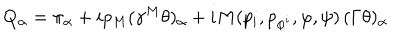
Q _ { \alpha } = \pi _ { \alpha } + i p _ { M } ( \gamma ^ { M } \theta ) _ { \alpha } + i M ( p _ { i } , p _ { \varphi ^ { i } } , \varphi , \psi ) \, ( \Gamma \theta ) _ { \alpha } \,